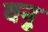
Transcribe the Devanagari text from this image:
वनु